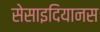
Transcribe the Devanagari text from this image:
सेसाइदियानस